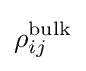
\rho _{ij}^{\text{bulk}}